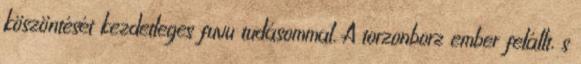
köszöntését kezdetleges fuvu tudásommal. A torzonborz ember felállt, s